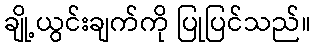
ချို့ယွင်းချက်ကို ပြုပြင်သည်။